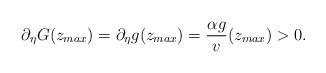
LaTeX: \begin{align*} \partial_{\eta } G(z_{max})=\partial_{\eta } g(z_{max})=\frac{\alpha g}{v}(z_{max})>0.\end{align*}